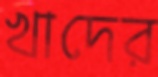
খাদের